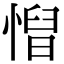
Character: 𢞦